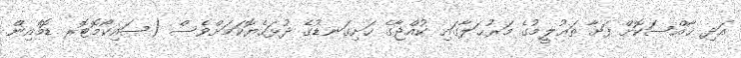
އަދި ޚާއްސަކޮށް ފަށާ ތަޢުލީމުގެ މަރުޙަލާގައި ކުއްޖާގެ ހަށިގަނޑުގެ ދުޅަހެޔޮކަމަށްވެސް (ސައިކޯމޮޓޮރ ޑޮމެއިން